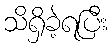
သိရှိခဲ့ရပြီး